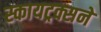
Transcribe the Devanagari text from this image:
स्कायट्रक्सने